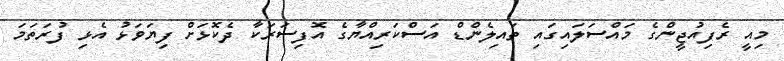
މިއީ ރެފިއުޖީންގެ މައްސަލައިގައި ތައިލެންޑް އަސްކަރިއްޔާގެ އޮފިސަރަކާ ދެކޮޅަށް ފިޔަވަޅު އެޅި ފުރަތަމަ